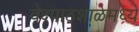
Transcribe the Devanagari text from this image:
वेदपाठशाळेमध्ये